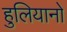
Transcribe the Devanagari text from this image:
हुलियानो